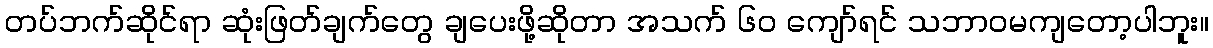
တပ်ဘက်ဆိုင်ရာ ဆုံးဖြတ်ချက်တွေ ချပေးဖို့ဆိုတာ အသက် ၆၀ ကျော်ရင် သဘာဝမကျတော့ပါဘူး။